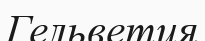
Гельветия